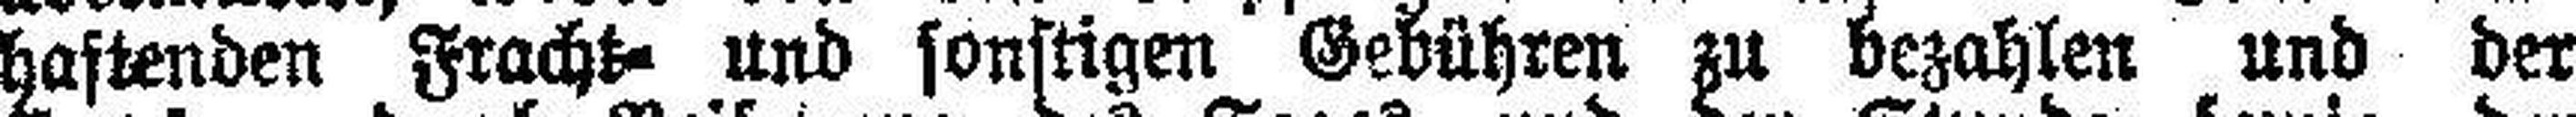
hastenden Fracht- und sonstigen Gebühren zu bezahlen und der